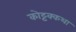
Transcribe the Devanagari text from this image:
कोट्टक्कथा